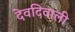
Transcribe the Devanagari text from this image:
देवदिवाली